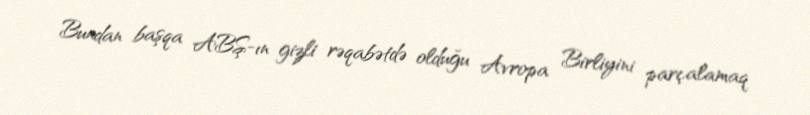
Bundan başqa ABŞ-ın gizli rəqabətdə olduğu Avropa Birliyini parçalamaq